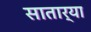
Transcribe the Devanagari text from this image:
सातार्‍या